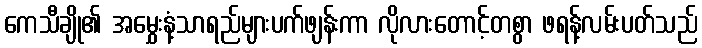
ကေသီချို၏ အမွှေးနံ့သာရည်များပက်ဖျန်းကာ လိုလားတောင့်တစွာ ဖရန့်လမ်းပတ်သည်